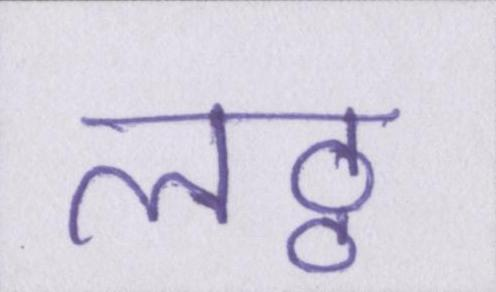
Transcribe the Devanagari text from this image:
लठ्ठ